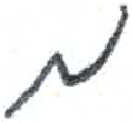
אות: מ